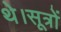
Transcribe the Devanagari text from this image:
थे।सूत्रों